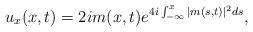
LaTeX: \begin{align*}u_x(x,t)= 2i m(x,t) e^{4i \int_{-\infty}^x |m(s,t)|^2 ds}, \end{align*}